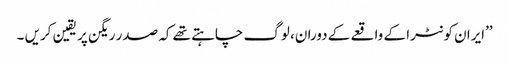
’’ایران کونٹرا کے واقعے کے دوران، لوگ چاہتے تھے کہ صدر ریگن پر یقین کریں ۔